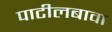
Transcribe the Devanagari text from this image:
पाटीलबावा